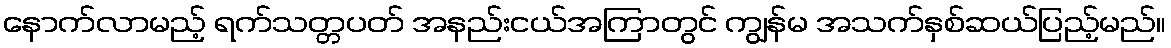
နောက်လာမည့် ရက်သတ္တပတ် အနည်းငယ်အကြာတွင် ကျွန်မ အသက်နှစ်ဆယ်ပြည့်မည်။